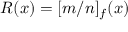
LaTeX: R ( x ) = [ m / n ] _ { f } ( x )